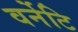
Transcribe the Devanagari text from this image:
वर्नेटि